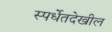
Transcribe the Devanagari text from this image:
स्पर्धेतदेखील